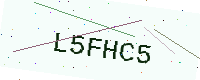
Text: L5FHC5